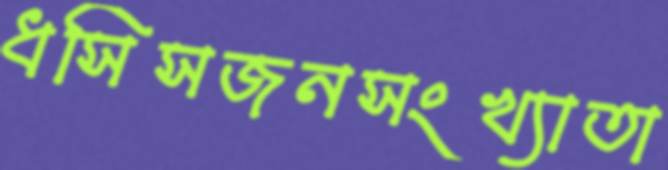
ধসিসজনসংখ্যাতা